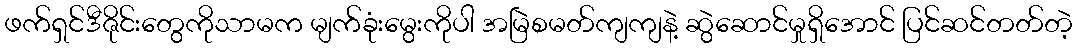
ဖက်ရှင်ဒီဇိုင်းတွေကိုသာမက မျက်ခုံးမွေးကိုပါ အမြဲစမတ်ကျကျနဲ့ ဆွဲဆောင်မှုရှိအောင် ပြင်ဆင်တတ်တဲ့